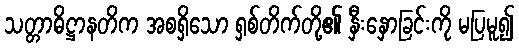
သတ္တာဓိဋ္ဌာနတိက အစရှိသော ရှစ်တိက်တို့၏ နှီးနှောခြင်းကို မပြမူ၍